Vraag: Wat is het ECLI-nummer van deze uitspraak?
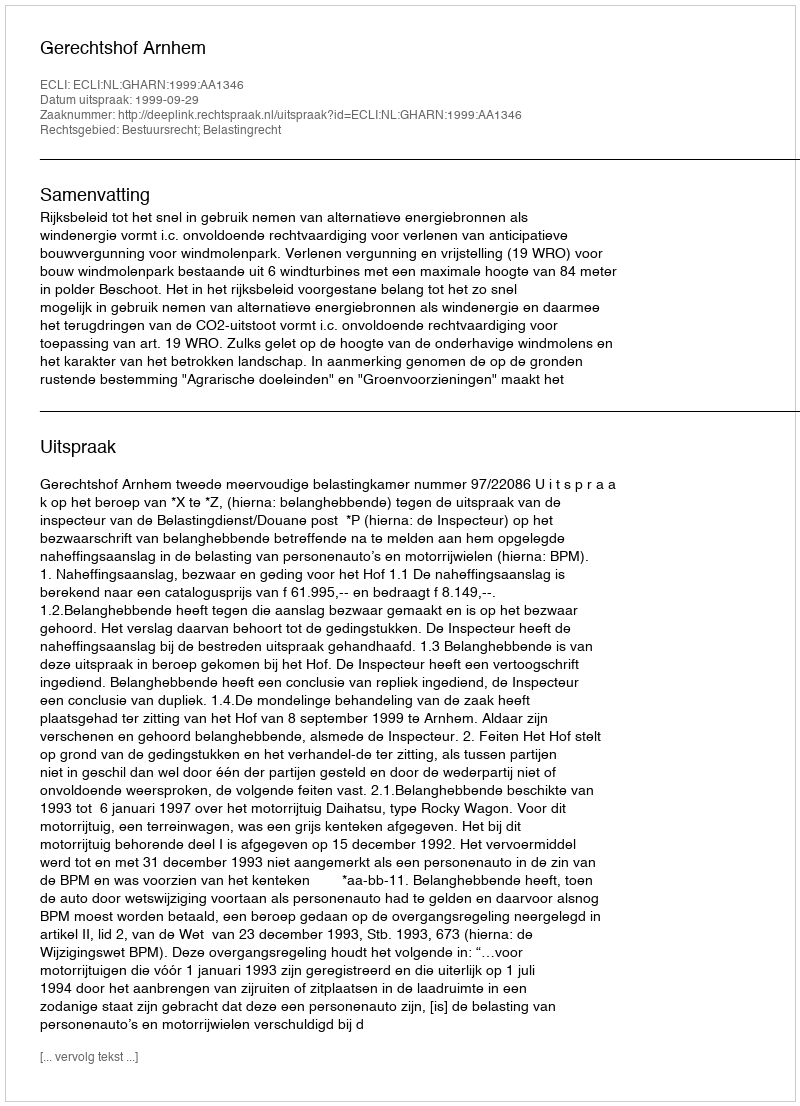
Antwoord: ECLI:NL:GHARN:1999:AA1346